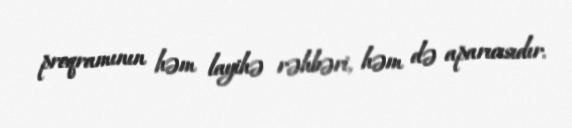
proqramının həm layihə rəhbəri, həm də aparıcısıdır.